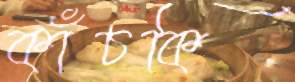
কাঁচকি